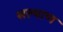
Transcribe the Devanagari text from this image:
सल्याण